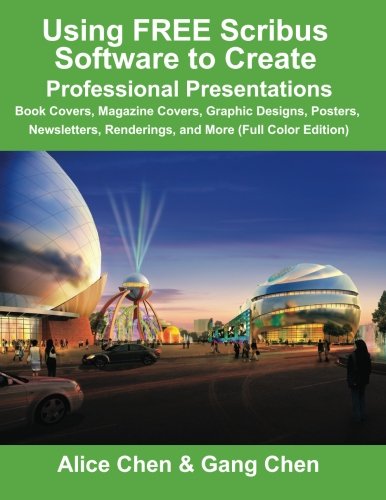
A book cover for Using FREE Scribus Software to Create Professional Presentations: Book Covers, Magazine Covers, Graphic Designs, Posters, Newsletters, Renderings, and More (Full Color Edition); Alice Chen; Computers & Technology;